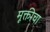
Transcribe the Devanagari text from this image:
मूक्तीचा